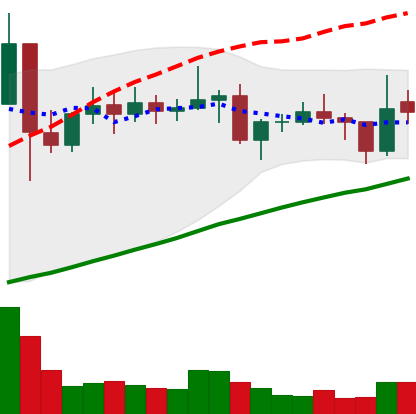
Ticker: ETC-USD
Chart end date: 2021-01-29
Forward return: 3.908%
Label: up_3_5